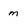
Character: m